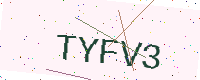
Text: TYFV3